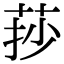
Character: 莏